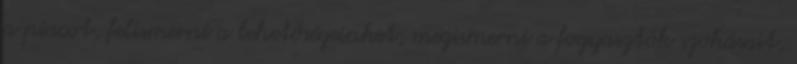
a piacot, felismerni a lehetőségeinket, megismerni a fogyasztók szokásait,